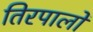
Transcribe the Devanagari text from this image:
तिरपालों